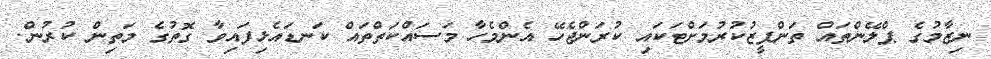
ނިޒާމުގެ ޕްލޭންތައް ތަންފީޒުކުރުމަށްޓަކައި ކުރަންޖެހޭ އެންމެހާ މަސައްކަތްތައް ކަނޑައެޅިފައިވާ ގޮތުގެ މަތިން ކުރުން.